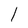
Character: l